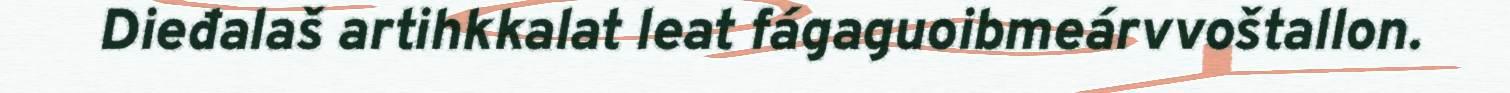
Dieđalaš artihkkalat leat fágaguoibmeárvvoštallon.